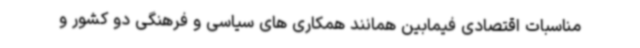
مناسبات اقتصادی فیمابین همانند همکاری های سیاسی و فرهنگی دو کشور و